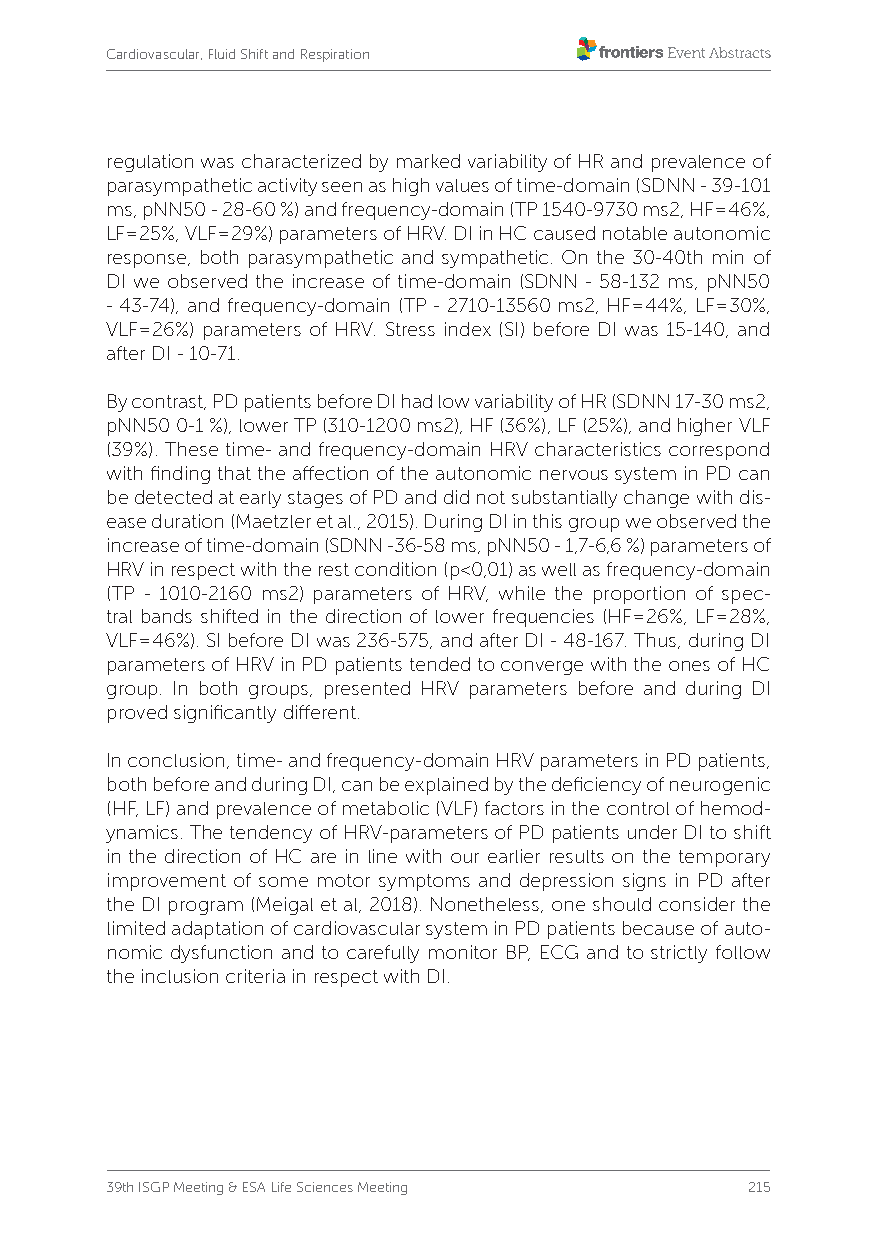
Cardiovascular, Fluid Shift and Respiration
 regulation was characterized by marked variability of HR and prevalence of
 parasympathetic activity seen as high values of time-domain (SDNN - 39-101
 ms, pNN50 - 28-60 %) and frequency-domain (TP 1540-9730 ms2, HF=46%,
 LF=25%, VLF=29%) parameters of HRV. DI in HC caused notable autonomic
 response, both parasympathetic and sympathetic. On the 30-40th min of
 DI we observed the increase of time-domain (SDNN - 58-132 ms, pNN50
 - 43-74), and frequency-domain (TP - 2710-13560 ms2, HF=44%, LF=30%,
 VLF=26%) parameters of HRV. Stress index (SI) before DI was 15-140, and
 after DI - 10-71.
 By contrast, PD patients before DI had low variability of HR (SDNN 17-30 ms2,
 pNN50 0-1 %), lower TP (310-1200 ms2), HF (36%), LF (25%), and higher VLF
 (39%). These time- and frequency-domain HRV characteristics correspond
 with finding that the affection of the autonomic nervous system in PD can
 be detected at early stages of PD and did not substantially change with dis-
 ease duration (Maetzler et al., 2015). During DI in this group we observed the
 increase of time-domain (SDNN -36-58 ms, pNN50 - 1,7-6,6 %) parameters of
 HRV in respect with the rest condition (p<0,01) as well as frequency-domain
 (TP - 1010-2160 ms2) parameters of HRV, while the proportion of spec-
 tral bands shifted in the direction of lower frequencies (HF=26%, LF=28%,
 VLF=46%). SI before DI was 236-575, and after DI - 48-167. Thus, during DI
 parameters of HRV in PD patients tended to converge with the ones of HC
 group. In both groups, presented HRV parameters before and during DI
 proved significantly different.
 In conclusion, time- and frequency-domain HRV parameters in PD patients,
 both before and during DI, can be explained by the deficiency of neurogenic
 (HF, LF) and prevalence of metabolic (VLF) factors in the control of hemod-
 ynamics. The tendency of HRV-parameters of PD patients under DI to shift
 in the direction of HC are in line with our earlier results on the temporary
 improvement of some motor symptoms and depression signs in PD after
 the DI program (Meigal et al, 2018). Nonetheless, one should consider the
 limited adaptation of cardiovascular system in PD patients because of auto-
 nomic dysfunction and to carefully monitor BP, ECG and to strictly follow
 the inclusion criteria in respect with DI.
 39th ISGP Meeting & ESA Life Sciences Meeting 215